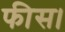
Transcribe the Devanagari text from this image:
फीस।